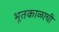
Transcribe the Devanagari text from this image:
भूतकाळाची